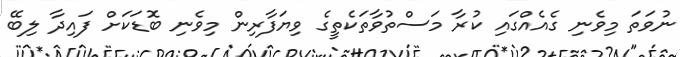
ނުވަތަ މިވެނި ގެއެއްގައި ކުރާ މަސްތުވާތަކެތީގެ ވިޔަފާރިން މިވެނި ބޮޑަކަށް ފައިދާ ލިބޭ